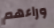
وراءهم